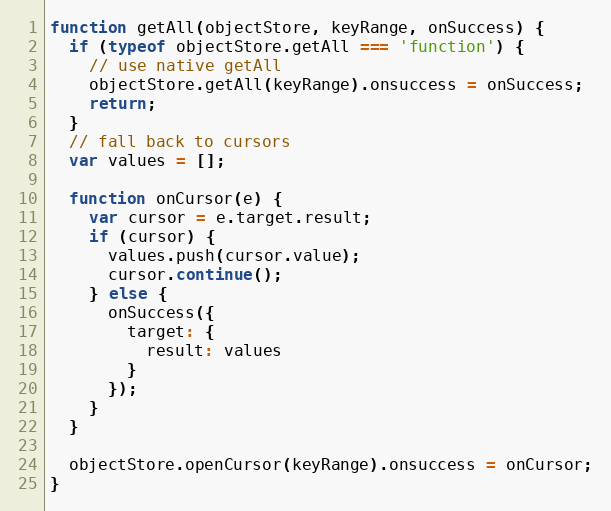
Language: JavaScript
function getAll(objectStore, keyRange, onSuccess) {
  if (typeof objectStore.getAll === 'function') {
    // use native getAll
    objectStore.getAll(keyRange).onsuccess = onSuccess;
    return;
  }
  // fall back to cursors
  var values = [];

  function onCursor(e) {
    var cursor = e.target.result;
    if (cursor) {
      values.push(cursor.value);
      cursor.continue();
    } else {
      onSuccess({
        target: {
          result: values
        }
      });
    }
  }

  objectStore.openCursor(keyRange).onsuccess = onCursor;
}